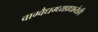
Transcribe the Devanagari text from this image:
वाग्वैधग्ध्यप्रधानेऽपि